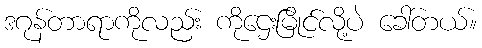
ဒဂုန်တာရာကိုလည်း ကိုဌေးမြိုင်လို့ပဲ ခေါ်တယ်။